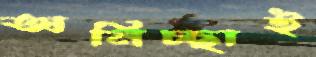
অনিচ্ছাই